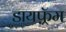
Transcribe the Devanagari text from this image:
डायफ़्रॅम